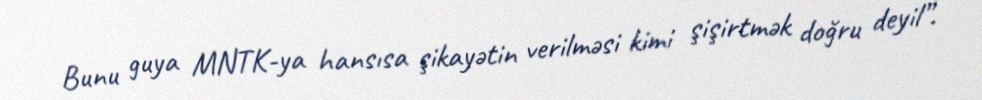
Bunu guya MNTK-ya hansısa şikayətin verilməsi kimi şişirtmək doğru deyil”.